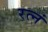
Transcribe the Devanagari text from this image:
रत्नं